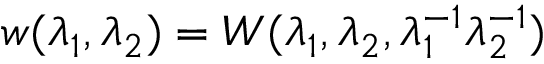
w ( \lambda _ { 1 } , \lambda _ { 2 } ) = W ( \lambda _ { 1 } , \lambda _ { 2 } , \lambda _ { 1 } ^ { - 1 } \lambda _ { 2 } ^ { - 1 } )